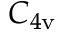
C _ { 4 \mathrm { v } }